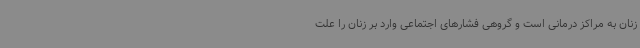
زنان به مراکز درمانی است و گروهی فشارهای اجتماعی وارد بر زنان را علت